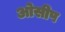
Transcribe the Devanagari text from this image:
ओसीप